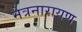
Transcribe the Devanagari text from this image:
नेत्रनारायण